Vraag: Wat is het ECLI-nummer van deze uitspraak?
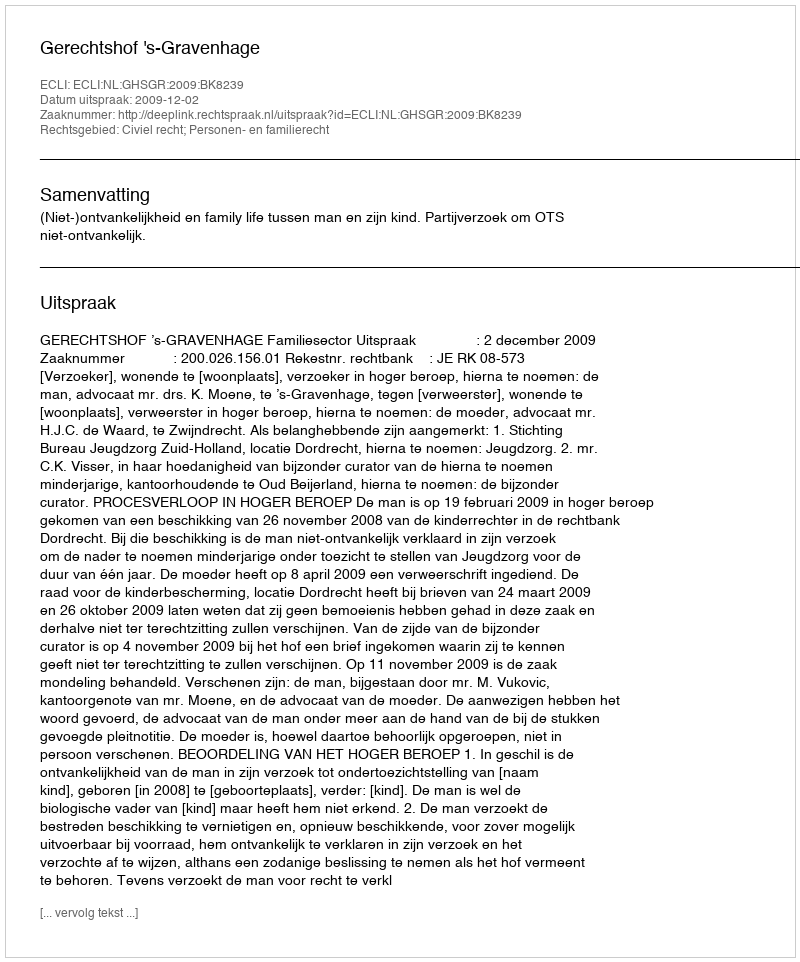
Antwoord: ECLI:NL:GHSGR:2009:BK8239